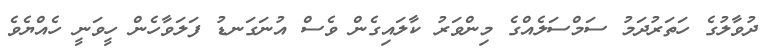
ދުވާލުގެ ހަތަރުދަމު ސަމްސަލެއްގެ މިންވަރު ކާލައިގެން ވެސް އުނަގަނޑު ފަލަވާހެން ހީވަނީ ހެއްޔެވެ